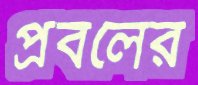
প্রবলের